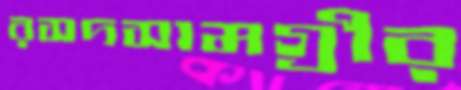
রসদসামগ্রীর